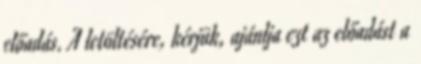
előadás. A letöltésére, kérjük, ajánlja ezt az előadást a